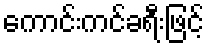
ကောင်းကင်ခရီးဖြင့်